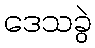
ဒေသခွဲ